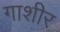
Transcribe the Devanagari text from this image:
गाशीर